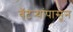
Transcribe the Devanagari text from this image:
बॅटर्‍यांपासून